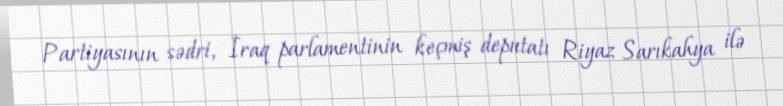
Partiyasının sədri, İraq parlamentinin keçmiş deputatı Riyaz Sarıkahya ilə